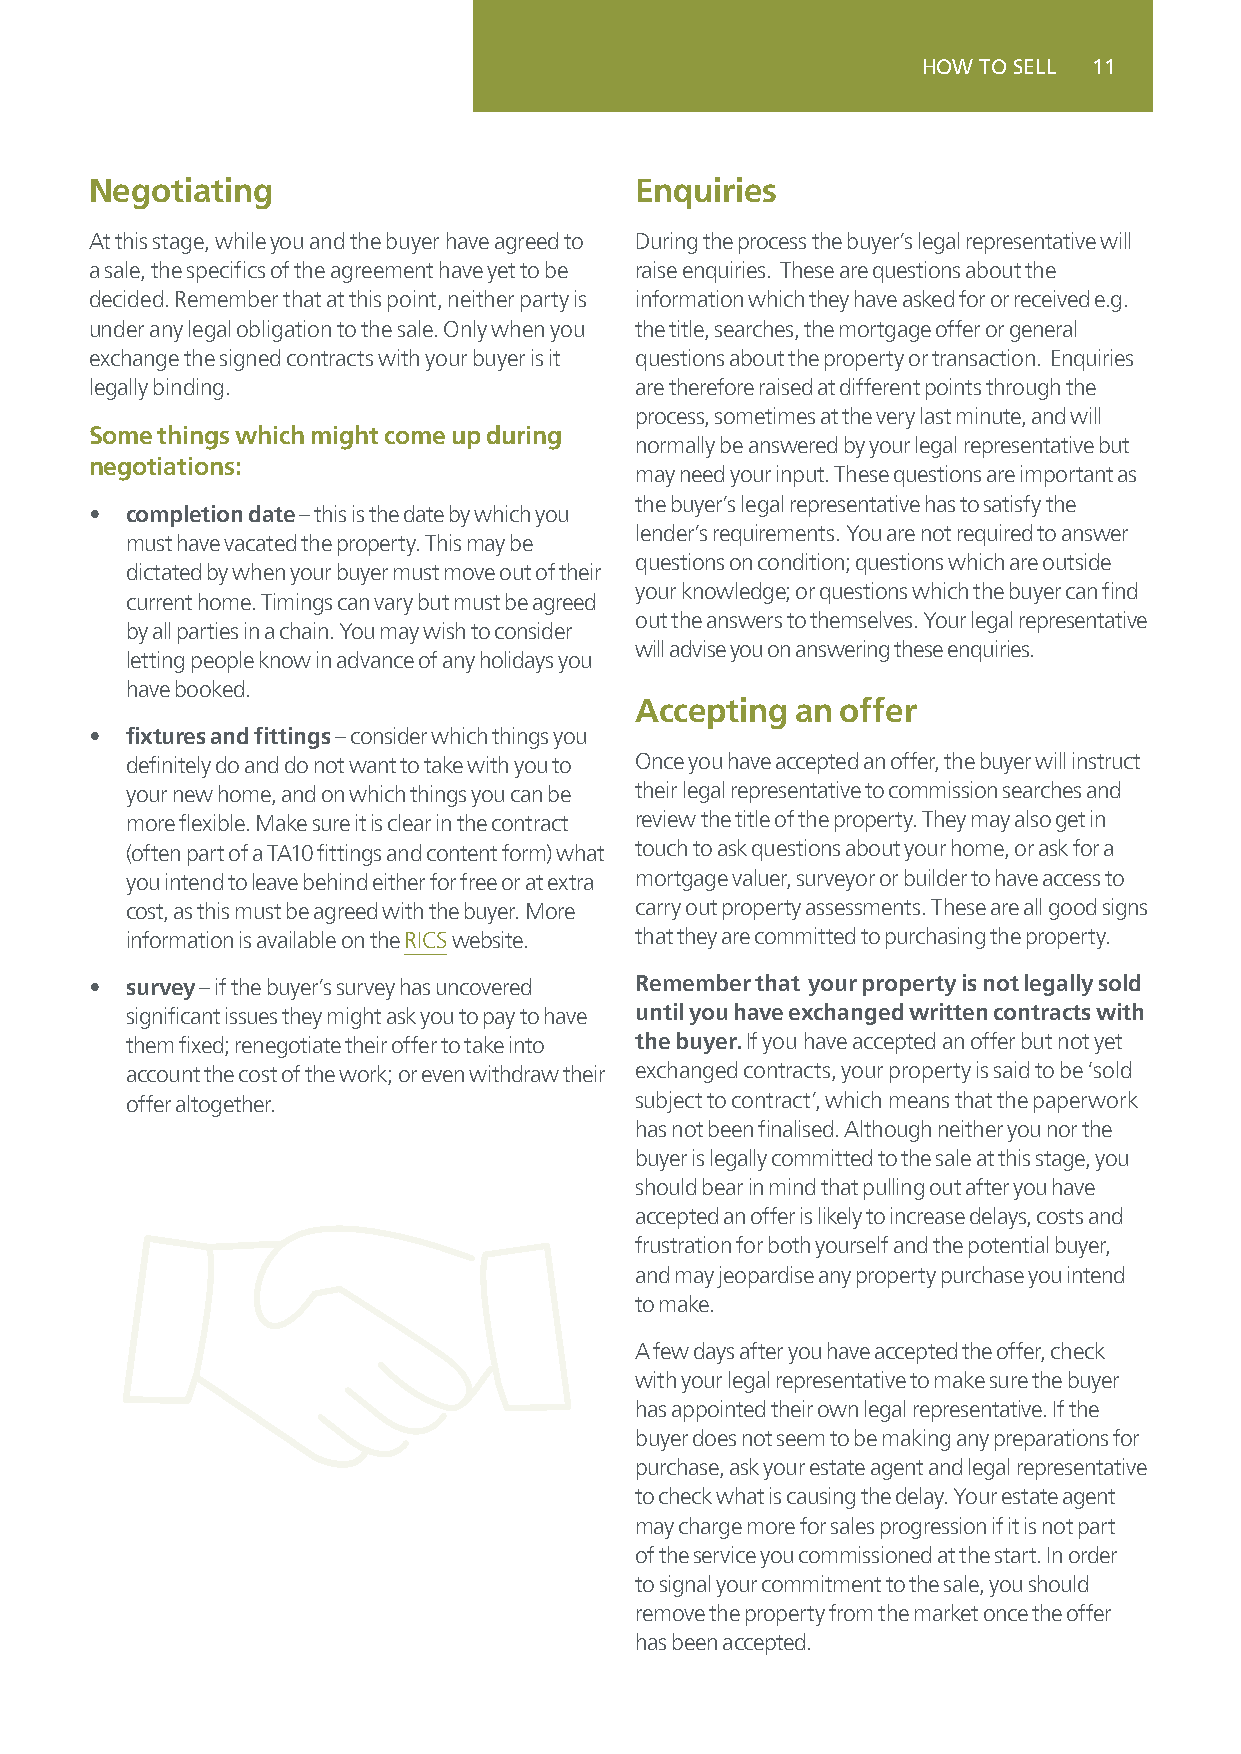
HOW TO SELL 11
 Negotiating                         Enquiries
 At this stage, while you and the buyer have agreed to During the process the buyer’s legal representative will
 a sale, the specifics of the agreement have yet to be raise enquiries. These are questions about the
 decided. Remember that at this point, neither party is information which they have asked for or received e.g.
 under any legal obligation to the sale. Only when you the title, searches, the mortgage offer or general
 exchange the signed contracts with your buyer is it questions about the property or transaction. Enquiries
 legally binding.                    are therefore raised at different points through the
 process, sometimes at the very last minute, and will
 Some things which might come up during
 normally be answered by your legal representative but
 negotiations:
 may need your input. These questions are important as
 the buyer’s legal representative has to satisfy the
 • completion date – this is the date by which you
 lender’s requirements. You are not required to answer
 must have vacated the property. This may be
 questions on condition; questions which are outside
 dictated by when your buyer must move out of their
 your knowledge; or questions which the buyer can find
 current home. Timings can vary but must be agreed
 out the answers to themselves. Your legal representative
 by all parties in a chain. You may wish to consider
 will advise you on answering these enquiries.
 letting people know in advance of any holidays you
 have booked.
 Accepting  an offer
 • fixtures and fittings – consider which things you
 definitely do and do not want to take with you to Once you have accepted an offer, the buyer will instruct
 your new home, and on which things you can be their legal representative to commission searches and
 more flexible. Make sure it is clear in the contract review the title of the property. They may also get in
 (often part of a TA10 fittings and content form) what touch to ask questions about your home, or ask for a
 you intend to leave behind either for free or at extra mortgage valuer, surveyor or builder to have access to
 cost, as this must be agreed with the buyer. More carry out property assessments. These are all good signs
 information is available on the RICS website. that they are committed to purchasing the property.
 • survey – if the buyer’s survey has uncovered Remember that your property is not legally sold
 significant issues they might ask you to pay to have until you have exchanged written contracts with
 them fixed; renegotiate their offer to take into the buyer. If you have accepted an offer but not yet
 account the cost of the work; or even withdraw their exchanged contracts, your property is said to be ‘sold
 offer altogether.                 subject to contract’, which means that the paperwork
 has not been finalised. Although neither you nor the
 buyer is legally committed to the sale at this stage, you
 should bear in mind that pulling out after you have
 accepted an offer is likely to increase delays, costs and
 frustration for both yourself and the potential buyer,
 and may jeopardise any property purchase you intend
 to make.
 A few days after you have accepted the offer, check
 with your legal representative to make sure the buyer
 has appointed their own legal representative. If the
 buyer does not seem to be making any preparations for
 purchase, ask your estate agent and legal representative
 to check what is causing the delay. Your estate agent
 may charge more for sales progression if it is not part
 of the service you commissioned at the start. In order
 to signal your commitment to the sale, you should
 remove the property from the market once the offer
 has been accepted.